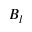
B _ { l }